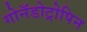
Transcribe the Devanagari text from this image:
गोनॅडोट्रोपिन